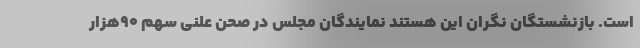
است. بازنشستگان نگران این هستند نمایندگان مجلس در صحن علنی سهم ۹۰هزار